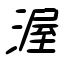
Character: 渥